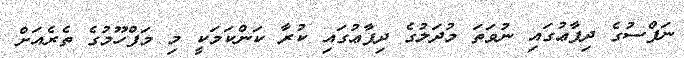
ނަފްސުގެ ދިފާޢުގައި ނުވަތަ މުދަލުގެ ދިފާޢުގައި ކުރާ ކަންކަމަކީ މި މަފްހޫމުގެ ތެރެއަށް